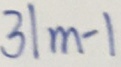
3 \vert m - 1